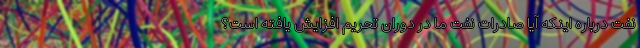
نفت درباره اینکه آیا صادرات نفت ما در دوران تحریم افزایش یافته است؟